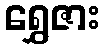
ရွှေဇား